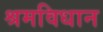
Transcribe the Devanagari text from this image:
श्रमविधान